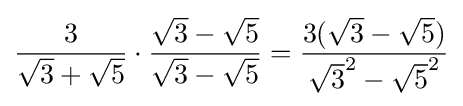
{\frac {3}{{\sqrt {3}}+{\sqrt {5}}}}\cdot {\frac {{\sqrt {3}}-{\sqrt {5}}}{{\sqrt {3}}-{\sqrt {5}}}}={\frac {3({\sqrt {3}}-{\sqrt {5}})}{{\sqrt {3}}^{2}-{\sqrt {5}}^{2}}}